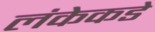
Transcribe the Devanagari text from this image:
लंकेकडे